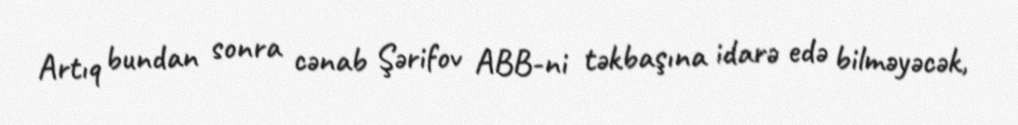
Artıq bundan sonra cənab Şərifov ABB-ni təkbaşına idarə edə bilməyəcək,